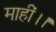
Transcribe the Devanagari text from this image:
माहीं।।